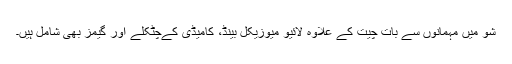
شو میں مہمانوں سے بات چیت کے علاوہ لائیو میوزیکل بینڈ، کامیڈی کےچٹکلے اور گیمز بھی شامل ہیں۔